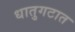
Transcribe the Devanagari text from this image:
धातुगटात